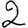
Digit: 2